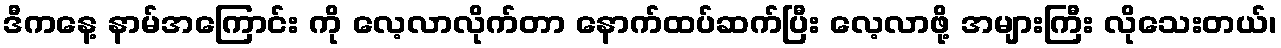
ဒီကနေ့ နာမ်အကြောင်း ကို လေ့လာလိုက်တာ နောက်ထပ်ဆက်ပြီး လေ့လာဖို့ အများကြီး လိုသေးတယ်၊